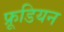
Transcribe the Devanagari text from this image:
फ्रूडियन